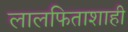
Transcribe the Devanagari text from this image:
लालफिताशाही